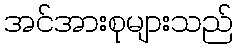
အင်အားစုများသည်